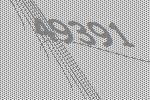
49391